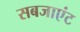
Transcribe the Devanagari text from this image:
सबजाएंट